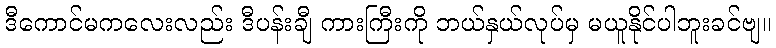
ဒီကောင်မကလေးလည်း ဒီပန်းချီ ကားကြီးကို ဘယ်နှယ်လုပ်မှ မယူနိုင်ပါဘူးခင်ဗျ။